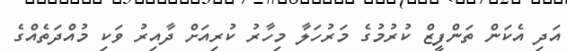
އަދި އެކަން ތަންފީޒް ކުރުމުގެ މަރުހަލާ މިހާރު ކުރިިއަށް ދާއިރު ވަކި މުއްދަތެއްގެ